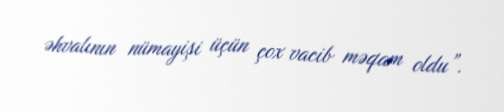
əhvalının nümayişi üçün çox vacib məqam oldu”.